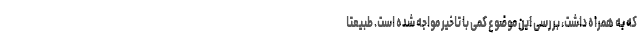
که به همراه داشت، بررسی این موضوع کمی با تاخیر مواجه شده است. طبیعتا